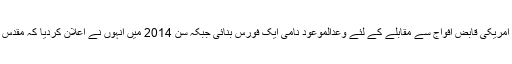
اسی طرح جیش المہدی کے بعض غیر مقبول اقدامات کے سبب انہوں نے امریکی قابض افواج سے مقابلے کے لئے وعدالموعود نامی ایک فورس بنائی جبکہ سن 2014 میں انہوں نے اعلان کردیا کہ مقدس مقامات کے دفاع کے لئے وہ سریا اسلام می نئی فورس بنانے جارہا ہے۔